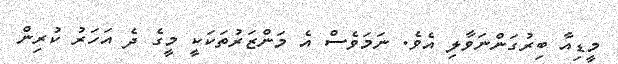
މީޑިއާ ބިރުގަންނަވާލި އެވެ. ނަމަވެސް އެ މަންޒަރުތަކަކީ މީގެ ދެ އަހަރު ކުރިން